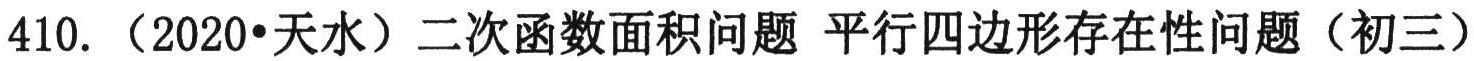
410. （2020•天水）二次函数面积问题 平行四边形存在性问题（初三）